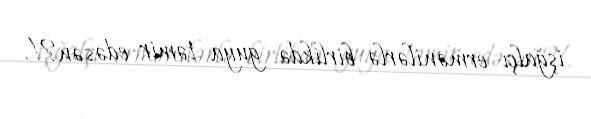
işğalçı ermənilərlə birlikdə guya təmir edəsən?!.